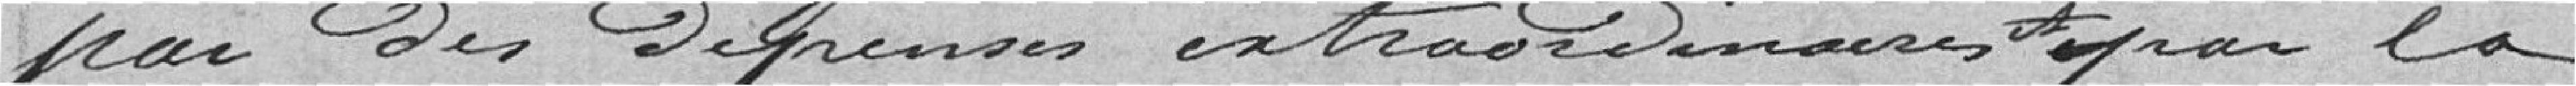
par des dépenses extraordinaires et par la